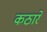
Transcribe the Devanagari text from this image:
कठारे